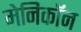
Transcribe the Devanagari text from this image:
मेनिकॉन